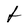
Character: f